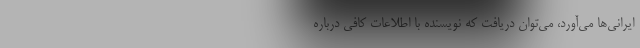
ایرانی‌ها می‌آورد، می‌‌توان دریافت که نویسنده با اطلاعات کافی درباره